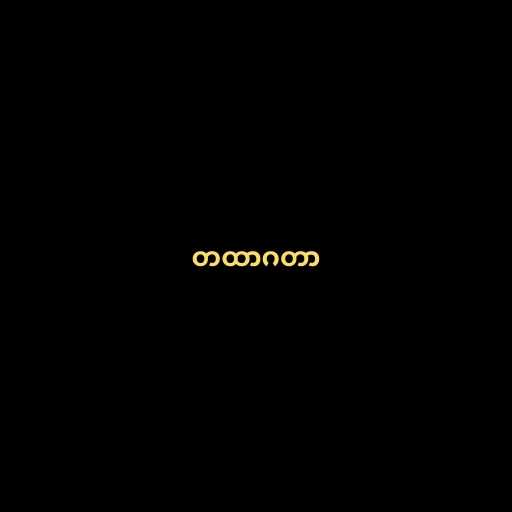
တထာဂတာ